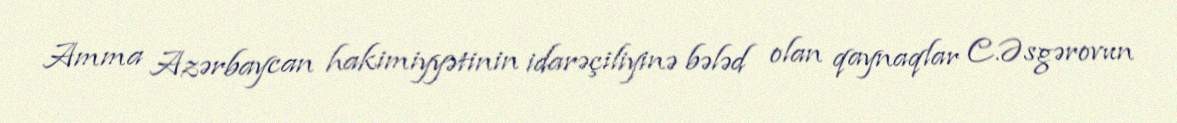
Amma Azərbaycan hakimiyyətinin idarəçiliyinə bələd olan qaynaqlar C.Əsgərovun